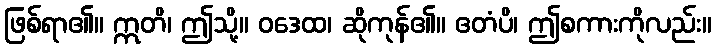
ဖြစ်ရာ၏။ ဣတိ၊ ဤသို့။ ဝဒေထ၊ ဆိုကုန်၏။ ဧတံပိ၊ ဤစကားကိုလည်း။